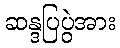
ဆန္ဒပြပွဲအား